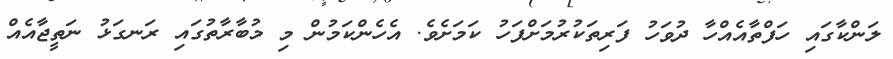
ލަންކާގައި ހަފްތާއެއްހާ ދުވަހު ފަރިތަކުރުމަށްފަހު ކަމަށެވެ. އެހެންކަމުން މި މުބާރާތުގައި ރަނގަޅު ނަތީޖާއެއް